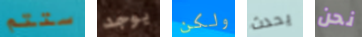
ستتم يوجد ولكن يحدث نحن